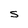
Character: S